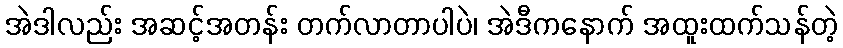
အဲဒါလည်း အဆင့်အတန်း တက်လာတာပါပဲ၊ အဲဒီကနောက် အထူးထက်သန်တဲ့